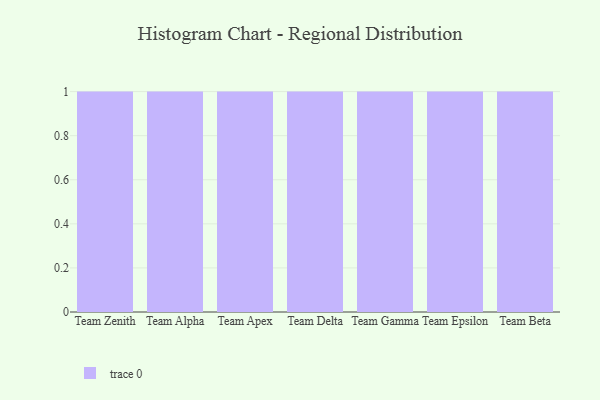
{"axis": {"x": "Team", "y": "Energy Usage (MWh)"}, "legend": [""], "data": [{"x": "Team Zenith", "y": 88, "type": ""}, {"x": "Team Alpha", "y": 9, "type": ""}, {"x": "Team Apex", "y": 38, "type": ""}, {"x": "Team Delta", "y": 58, "type": ""}, {"x": "Team Gamma", "y": 79, "type": ""}, {"x": "Team Epsilon", "y": 15, "type": ""}, {"x": "Team Beta", "y": 46, "type": ""}]}